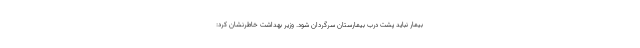
بیمار نباید پشت درب بیمارستان سرگردان شود. وزیر بهداشت خاطرنشان کرد: